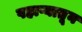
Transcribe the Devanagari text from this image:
पहाऱ्यातून